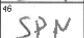
Transcription: SPN